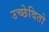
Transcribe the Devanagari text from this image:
उच्छेदितो